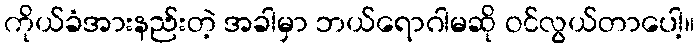
ကိုယ်ခံအားနည်းတဲ့ အခါမှာ ဘယ်ရောဂါမဆို ဝင်လွယ်တာပေါ့။